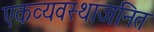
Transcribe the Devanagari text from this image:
एकव्यवस्थाजनित